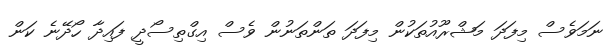
ނަމަވެސް މިފަދަ މަޝްރޫއުތަކުން މިފަދަ ތަންތަނުން ވެސް އިގްތިސޯދީ ފައިދާ ހޯދޭނެ ކަން